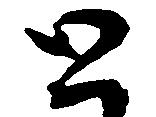
と